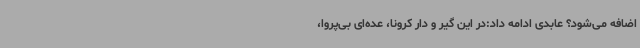
اضافه می‌شود؟ عابدی ادامه داد:در این گیر و دار کرونا، عده‌ای بی‌پروا،